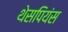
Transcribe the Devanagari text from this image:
थेसपियंस